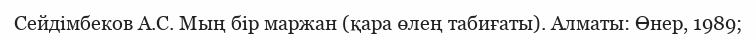
Сейдімбеков А.С. Мың бір маржан (қара өлең табиғаты). Алматы: Өнер, 1989;